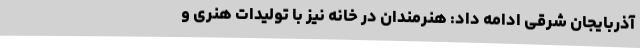
آذربایجان شرقی ادامه داد: هنرمندان در خانه نیز با تولیدات هنری و